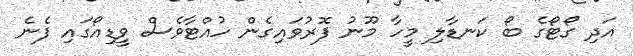
އަދި ގޯޓޯގެ ބޯ ކަނޑާލި މީހާ މޫނު ފޮރުވައިގެން ހުއްޓާވެސް ވީޑިއޯގައި ފެނެ